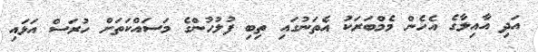
އަދި އާއިލާގެ އެހެން މެމްބަރަކު އެތަނުގައި ތިބި ފުލުހުންގެ މަސައްކަތަށް ހުރަސް އަޅައި